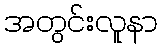
အတွင်းလူနာ